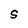
Character: S